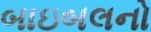
બાઇબલનો